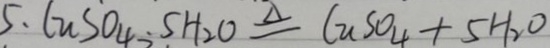
5 . C u S O _ { 4 } . 5 H _ { 2 } O \xlongequal { \Delta } C u S O _ { 4 } + 5 H _ { 2 } O